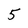
Character: 5